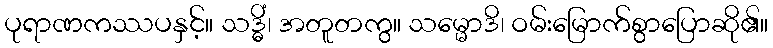
ပုရာဏကဿပနှင့်။ သဒ္ဓိံ၊ အတူတကွ။ သမ္မောဒိ၊ ဝမ်းမြောက်စွာပြောဆို၏။